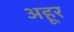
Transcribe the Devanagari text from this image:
अहूर